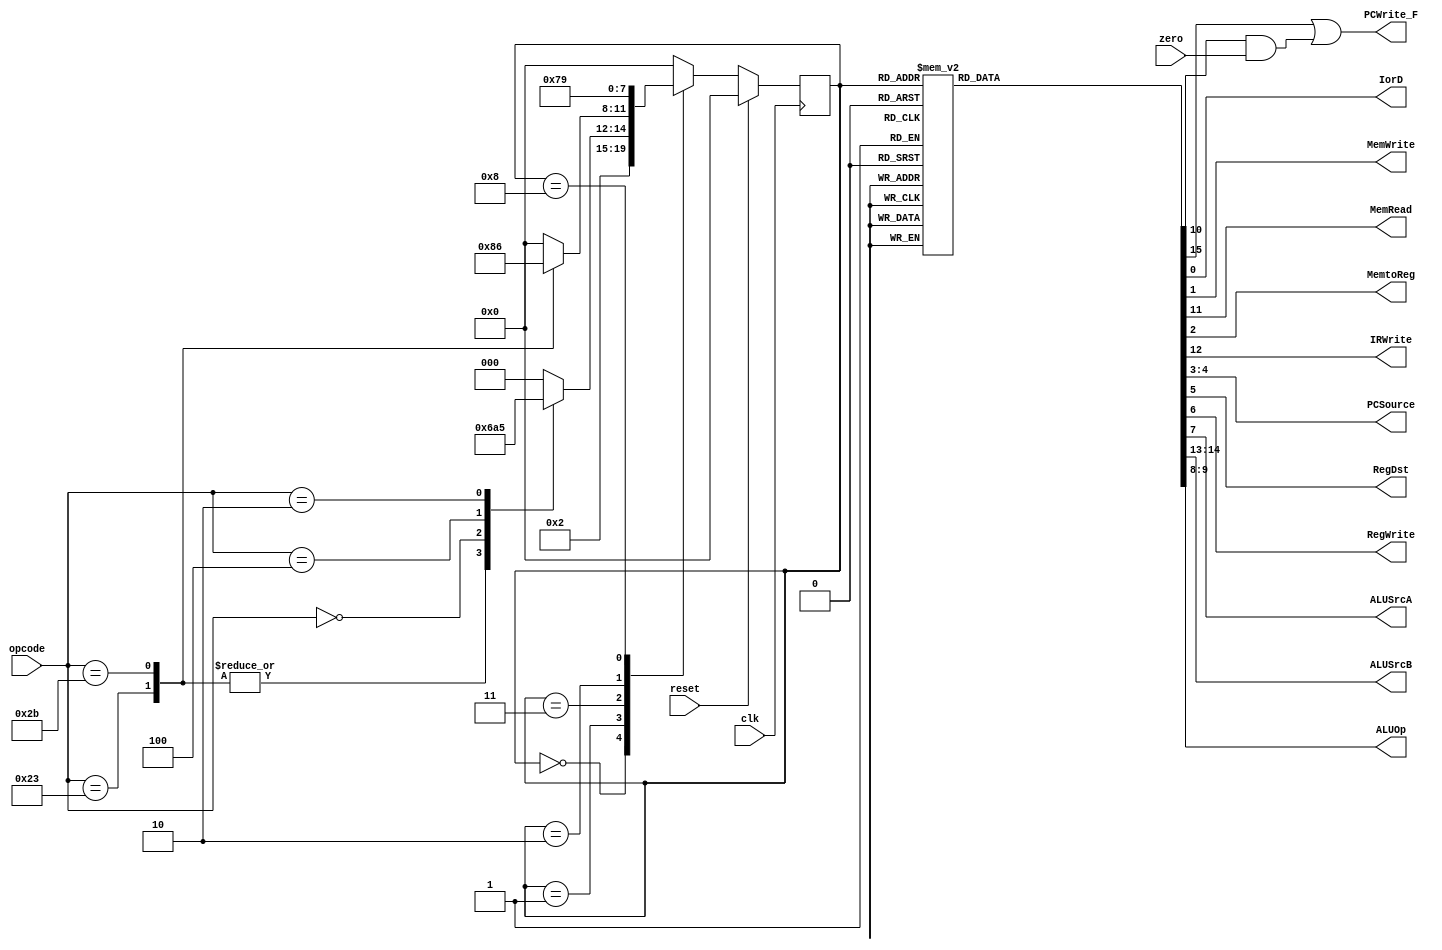
module CU_Multicycle (
	input clk,
	input reset,
	input [5:0] opcode,
	input zero,
	output reg IorD,
	output reg MemWrite,
	output reg MemRead,
	output reg MemtoReg,
	output reg IRWrite,
	output reg [1:0]PCSource,
	output reg RegDst,
	output reg RegWrite,
	output reg ALUSrcA,
	output reg [1:0] ALUSrcB,
	output PCWrite_F,
	output reg [1:0] ALUOp);

	reg PCWrite;
	reg PCWriteCond;

	assign
		PCWrite_F = (PCWrite | (PCWriteCond & zero));

	//states
	//5 states according to fsm
	//1. Fetch
	//2. Decode
	//3.1. Execute //for rtype
	//3.2. Memory Address Computation
	//3.3. Branch Completion
	//3.4. Jump Completion
	//4.1. Memory Access or Memory Write
	//4.2. Rtype Completion or ALU Writeback
	//4.3. Memory Read
	//5. Memory Writeback // for read
	parameter FETCH = 4'b0000;
	parameter DECODE = 4'b0001;
	parameter EXECUTION = 4'b0010;
	parameter MEM_ADR = 4'b0011;
	parameter BRANCH = 4'b0100;
	parameter JUMP = 4'b0101;
	parameter MEM_WRITE = 4'b0110;
	parameter RTYPE = 4'b0111;
	parameter MEM_READ = 4'b1000;
	parameter MEM_WB = 4'b1001;

	reg [3:0] cs;//current state
	reg [3:0] ns;//next state

  always@(posedge clk)
    if (reset)
		cs <= FETCH;
    else
		cs <= ns;


	always@(cs or opcode) begin
      		case (cs)
	        	FETCH:  ns = DECODE;
		        DECODE:  case(opcode)
	                	6'b100011:	ns = MEM_ADR;//lw
	                	6'b101011:	ns = MEM_ADR;//sw
	                	6'b000000:	ns = EXECUTION;//r
	                	6'b000100:	ns = BRANCH;//beq
				6'b000010:	ns = JUMP;//jump
				default:	ns = FETCH;
                 	endcase
		        MEM_ADR:  case(opcode)
                   		6'b100011:      ns = MEM_READ;//lw
                   		6'b101011:      ns = MEM_WRITE;//sw
                   		default: ns = FETCH;
                 	endcase
			EXECUTION:   ns = RTYPE;	
        		BRANCH:   ns = FETCH;	
			JUMP: ns = FETCH;
			MEM_WRITE: ns = FETCH;
			RTYPE: ns = FETCH;
        		MEM_READ:    ns = MEM_WB;
        		MEM_WB:    ns = FETCH;
        		default: ns = FETCH;
      		endcase
    	end


	always@(cs) begin
	//making default everything zero to avoid repition(spelling??)
		IorD=1'b0; MemRead=1'b0; MemWrite=1'b0; MemtoReg=1'b0; IRWrite=1'b0; 
		PCSource=2'b00;	ALUSrcB=2'b00; ALUSrcA=1'b0; RegWrite=1'b0; 
		RegDst=1'b0; PCWrite=1'b0; PCWriteCond=1'b0; ALUOp=2'b00;

    		case (cs)
        	FETCH:		begin
            		MemRead = 1'b1; //not sure on this
            		IRWrite = 1'b1;
            		ALUSrcB = 2'b01;
            		PCWrite = 1'b1;
          	end
        	DECODE:
		    ALUSrcB = 2'b11;
        	MEM_ADR:	begin
            		ALUSrcA = 1'b1;
            		ALUSrcB = 2'b10;
          	end
        	MEM_READ:	begin
            		MemRead = 1'b1;
            		IorD    = 1'b1;
          	end
        	MEM_WRITE:	begin
            		MemWrite = 1'b1;
			IorD    = 1'b1;
          	end
        	MEM_WB:	begin
            		RegDst   = 1'b0;
            		MemtoReg = 1'b1;
			RegWrite = 1'b1;
          	end
        	EXECUTION:	begin
            		ALUSrcA = 1'b1;
            		ALUOp   = 2'b10;
          	end
        	RTYPE:	begin
            		RegDst   = 1'b1;
            		RegWrite = 1'b1;
          	end
        	BRANCH:		begin
            		ALUSrcA = 1'b1;
            		ALUOp   = 2'b01;
            		PCWriteCond = 1'b1;
	    		PCSource = 2'b01;
          	end
		JUMP:		begin
	    		PCSource = 2'b10;
			PCWrite = 1'b1;
          	end
      		endcase
    	end
endmodule